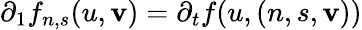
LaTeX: \partial_{1}f_{n,s}(u,\mathbf{v})=\partial_{t}f(u,(n,s,\mathbf{v}))